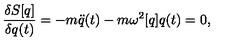
{ \frac { \delta S [ q ] } { \delta q ( t ) } } = - m \ddot { q } ( t ) - m \omega ^ { 2 } [ q ] q ( t ) = 0 ,